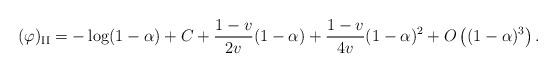
LaTeX: \begin{align*}(\varphi)_\mathrm{II}=-\log(1-\alpha)+C+\frac{1-v}{2v}(1-\alpha)+\frac{1-v}{4v}(1-\alpha)^2+ O\left((1-\alpha)^3\right).\end{align*}